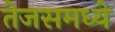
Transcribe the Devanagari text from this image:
तेजसमध्ये